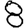
Digit: 8